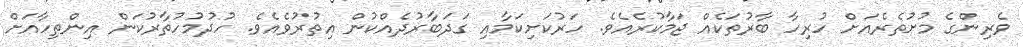
ވެރިންގެ މުށުތެރެއަށް ހުރިހާ ބާރުތަކެއް ޖަމާކުރެއެވެ. ހަރުކަށިކަމާއި ގަދަބާރުދެއްކުން އިތުރުވެއެވެ. ހުދުމުހުތާރުކަން އިންތިހާއަށް